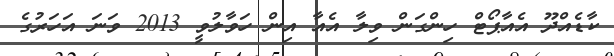
ކާޑެއްދޫ އެއާޕޯޓް ހިންގަން ވިލާ އެއާ އިން ހަވާލުވީ 2013 ވަަނަ އަހަރުގެ